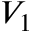
V _ { 1 }